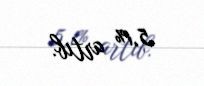
5,1% artıb.